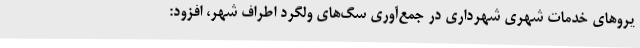
یروهای خدمات شهری شهرداری در جمع‌آوری سگ‌های ولگرد اطراف شهر، افزود: